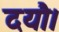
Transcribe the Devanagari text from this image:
दयौ।